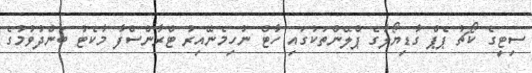
ސިޓީގެ ކޯޗު ޕެޕް ގާޑިޔޯލާގެ ޕްލޭންތަކުގައި ހާޓް ނުހިމެނޭއިރު ޓްރާންސްފާ މާކެޓު ބަންދުވުމުގެ